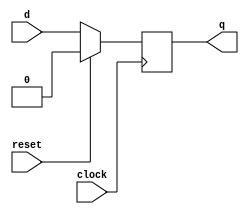
/* Generated by Yosys 0.16+41 (git sha1 29c0a5958, clang 11.0.1-2 -fPIC -Os) */

(* src = "tests/sync_reset.v:1.1-19.10" *)
module sync_reset(clock, reset, d, q);
  (* src = "tests/sync_reset.v:2.9-2.14" *)
  input clock;
  wire clock;
  (* src = "tests/sync_reset.v:4.9-4.10" *)
  input d;
  wire d;
  (* src = "tests/sync_reset.v:5.10-5.11" *)
  output q;
  wire q;
  (* src = "tests/sync_reset.v:7.7-7.12" *)
  reg q_reg;
  (* src = "tests/sync_reset.v:3.9-3.14" *)
  input reset;
  wire reset;
  (* src = "tests/sync_reset.v:9.3-15.6" *)
  always @(posedge clock)
    if (reset) q_reg <= 1'h0;
    else q_reg <= d;
  assign q = q_reg;
endmodule